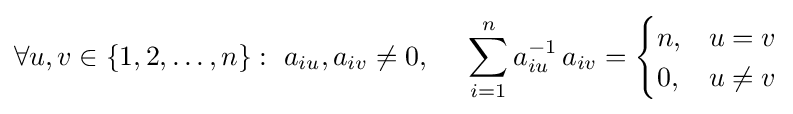
\forall u,v\in \{1,2,\dots ,n\}:~a_{iu},a_{iv}\neq 0,~~~~\sum _{i=1}^{n}a_{iu}^{-1}\,a_{iv}={\begin{cases}n,&u=v\\0,&u\neq v\end{cases}}